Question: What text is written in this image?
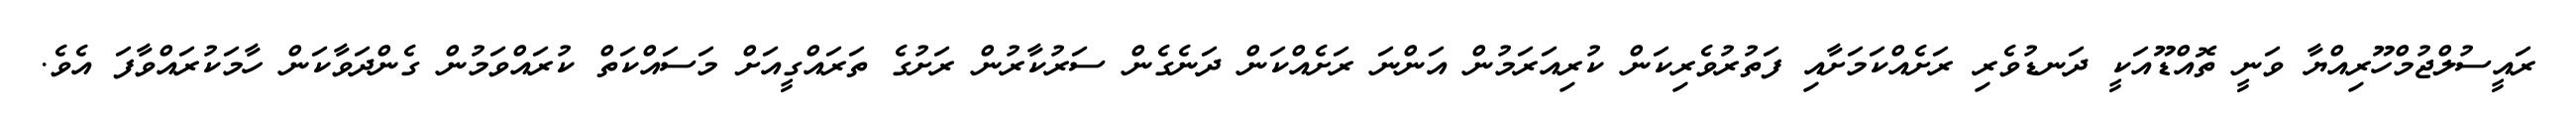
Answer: ރައީސުލްޖުމްހޫރިއްޔާ ވަނީ ތޮއްޑޫއަކީ ދަނޑުވެރި ރަށެއްކަމަށާއި ފަތުރުވެރިކަން ކުރިއަރަމުން އަންނަ ރަށެއްކަން ދަނެގެން ސަރުކާރުން ރަށުގެ ތަރައްގީއަށް މަސައްކަތް ކުރައްވަމުން ގެންދަވާކަން ހާމަކުރައްވާފަ އެވެ.